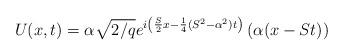
LaTeX: \begin{align*}U(x,t)=\alpha \sqrt{2/q}e^{i\left( \frac{S}{2}x-\frac{1}{4}(S^{2}-\alpha^{2})t\right) }\left( \alpha (x-St)\right) \end{align*}